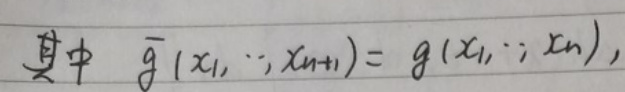
其中 $\overline{g}(x_1, \cdots, x_{n + 1}) = g(x_1, \cdots, x_n)$，